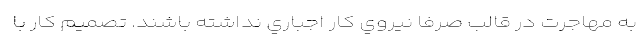
به مهاجرت در قالب صرفا نيروي كار اجباري نداشته باشند. تصميم كار با